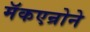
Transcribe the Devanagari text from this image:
मॅकएन्रोने